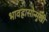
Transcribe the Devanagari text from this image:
भावह्रासोन्मुखी